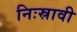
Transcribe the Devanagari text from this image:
निःस्रावी